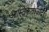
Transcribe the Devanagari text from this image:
आस्तिकतावादी